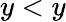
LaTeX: y<y